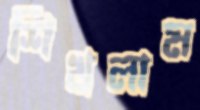
শিখলাম